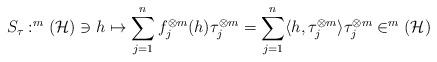
LaTeX: \begin{align*}S_\tau :^m(\mathcal{H})\ni h \mapsto \sum_{j=1}^{n}f_j^{\otimes m}(h)\tau_j^{\otimes m} =\sum_{j=1}^{n}\langle h, \tau_j^{\otimes m} \rangle \tau_j^{\otimes m}\in ^m(\mathcal{H})\end{align*}